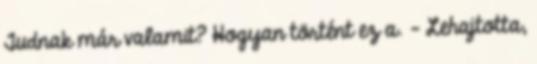
Tudnak már valamit? Hogyan történt ez a. - Lehajtotta,